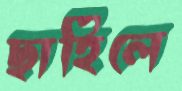
ছাহিলে